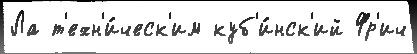
Ла т'ехн'и́ческ'им куб'и́нск'ий Фр'ич